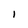
Character: I